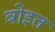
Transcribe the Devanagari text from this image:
बोइत